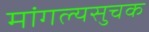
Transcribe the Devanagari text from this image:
मांगल्यसुचक